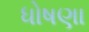
ધોષણા